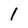
Character: l